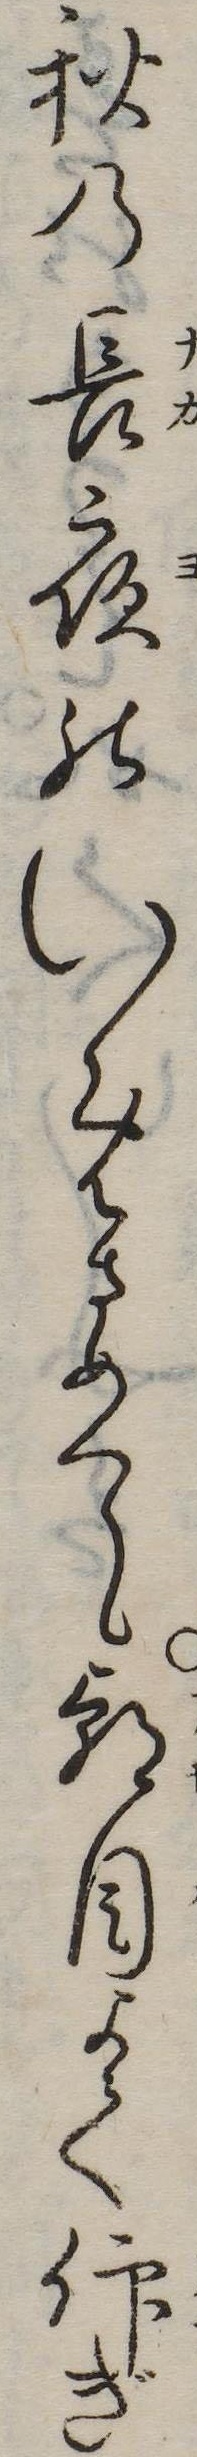
秋の長夜のいめさめて朝目よく仰ぎ